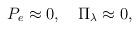
LaTeX: \begin{align*}P_e\approx 0,\quad\Pi_\lambda\approx 0,\end{align*}